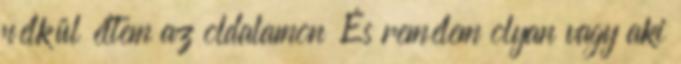
nélkül éltem az oldalamon És remélem olyan vagy aki